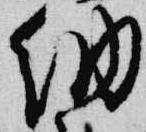
納